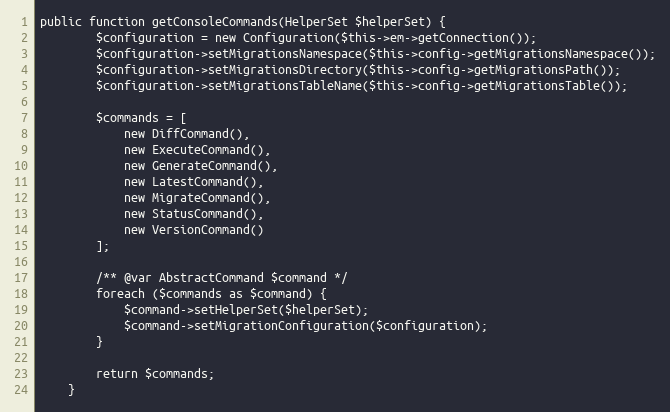
Language: PHP
public function getConsoleCommands(HelperSet $helperSet) {
        $configuration = new Configuration($this->em->getConnection());
        $configuration->setMigrationsNamespace($this->config->getMigrationsNamespace());
        $configuration->setMigrationsDirectory($this->config->getMigrationsPath());
        $configuration->setMigrationsTableName($this->config->getMigrationsTable());

        $commands = [
            new DiffCommand(),
            new ExecuteCommand(),
            new GenerateCommand(),
            new LatestCommand(),
            new MigrateCommand(),
            new StatusCommand(),
            new VersionCommand()
        ];

        /** @var AbstractCommand $command */
        foreach ($commands as $command) {
            $command->setHelperSet($helperSet);
            $command->setMigrationConfiguration($configuration);
        }

        return $commands;
    }